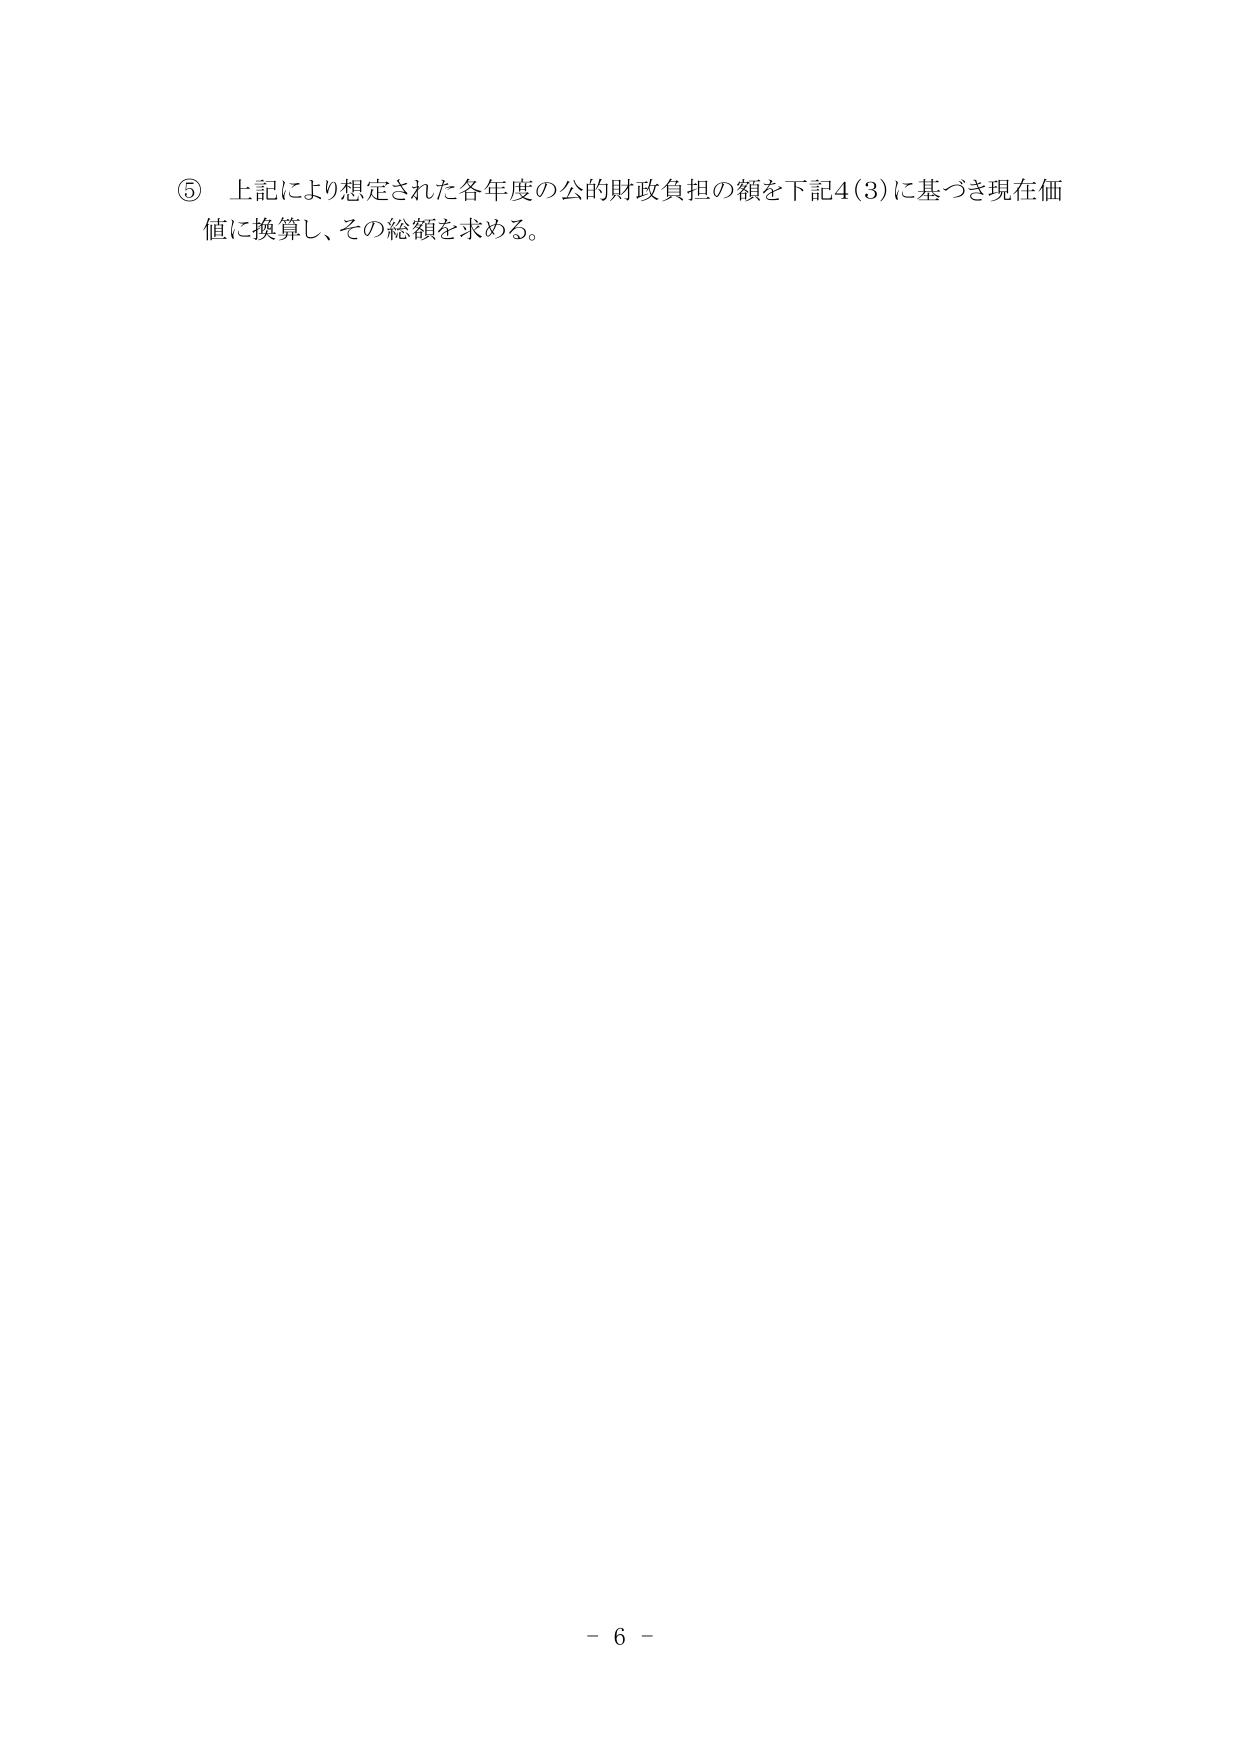
⑤ 上記により想定された各年度の公的財政負担の額を下記4(3)に基づき現在価値に換算し、その総額を求める。

－ 6 －